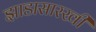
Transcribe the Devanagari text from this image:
झाडासारखी